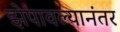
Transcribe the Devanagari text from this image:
झेपावल्यानंतर